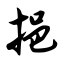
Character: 挹